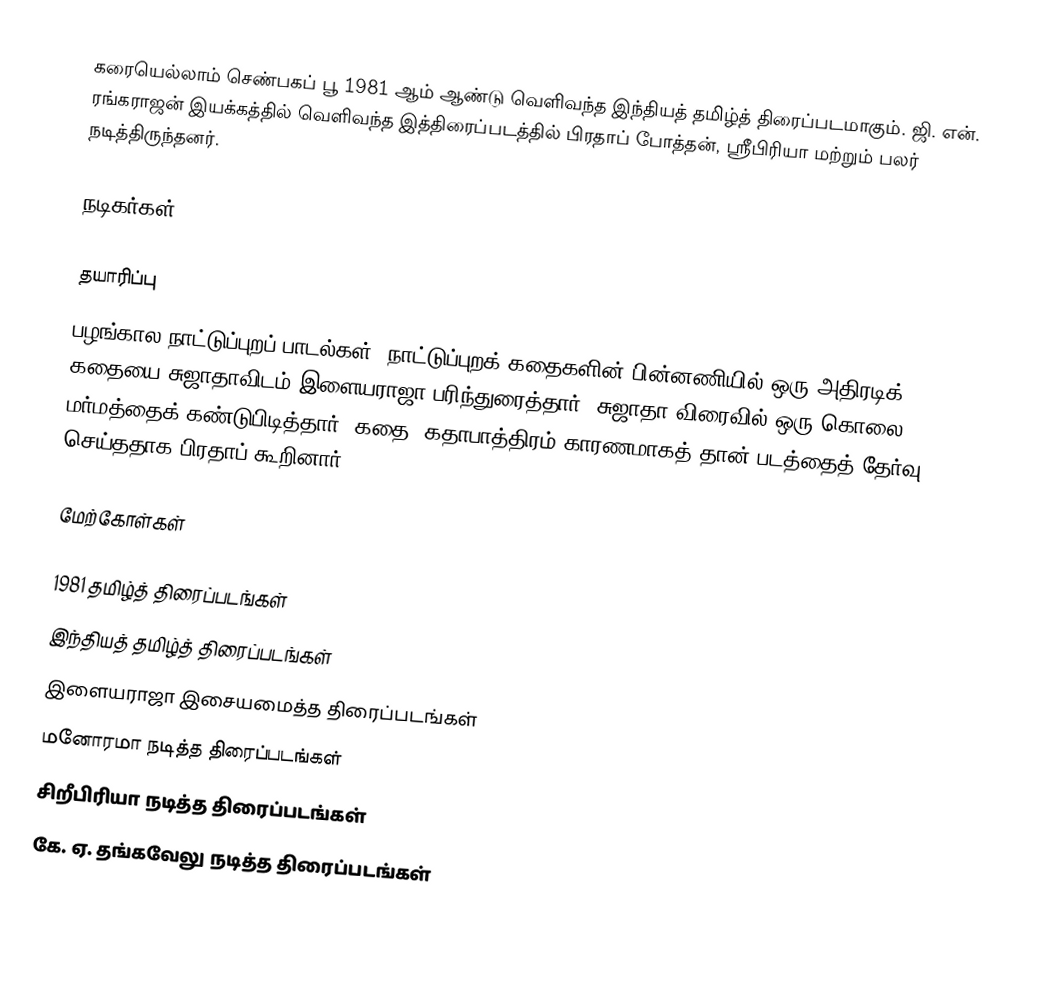
கரையெல்லாம் செண்பகப் பூ 1981 ஆம் ஆண்டு வெளிவந்த இந்தியத் தமிழ்த் திரைப்படமாகும். ஜி. என். ரங்கராஜன் இயக்கத்தில் வெளிவந்த இத்திரைப்படத்தில் பிரதாப் போத்தன், ஸ்ரீபிரியா மற்றும் பலர் நடித்திருந்தனர்.

நடிகர்கள்

தயாரிப்பு
பழங்கால நாட்டுப்புறப் பாடல்கள், நாட்டுப்புறக் கதைகளின் பின்னணியில் ஒரு அதிரடிக் கதையை சுஜாதாவிடம் இளையராஜா பரிந்துரைத்தார். சுஜாதா விரைவில் ஒரு கொலை மர்மத்தைக் கண்டுபிடித்தார். கதை, கதாபாத்திரம் காரணமாகத் தான் படத்தைத் தேர்வு செய்ததாக பிரதாப் கூறினார்.

மேற்கோள்கள்

1981 தமிழ்த் திரைப்படங்கள்
இந்தியத் தமிழ்த் திரைப்படங்கள்
இளையராஜா இசையமைத்த திரைப்படங்கள்
மனோரமா நடித்த திரைப்படங்கள்
சிறீபிரியா நடித்த திரைப்படங்கள்
கே. ஏ. தங்கவேலு நடித்த திரைப்படங்கள்